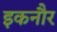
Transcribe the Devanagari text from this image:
इकनौर